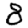
Digit: 8